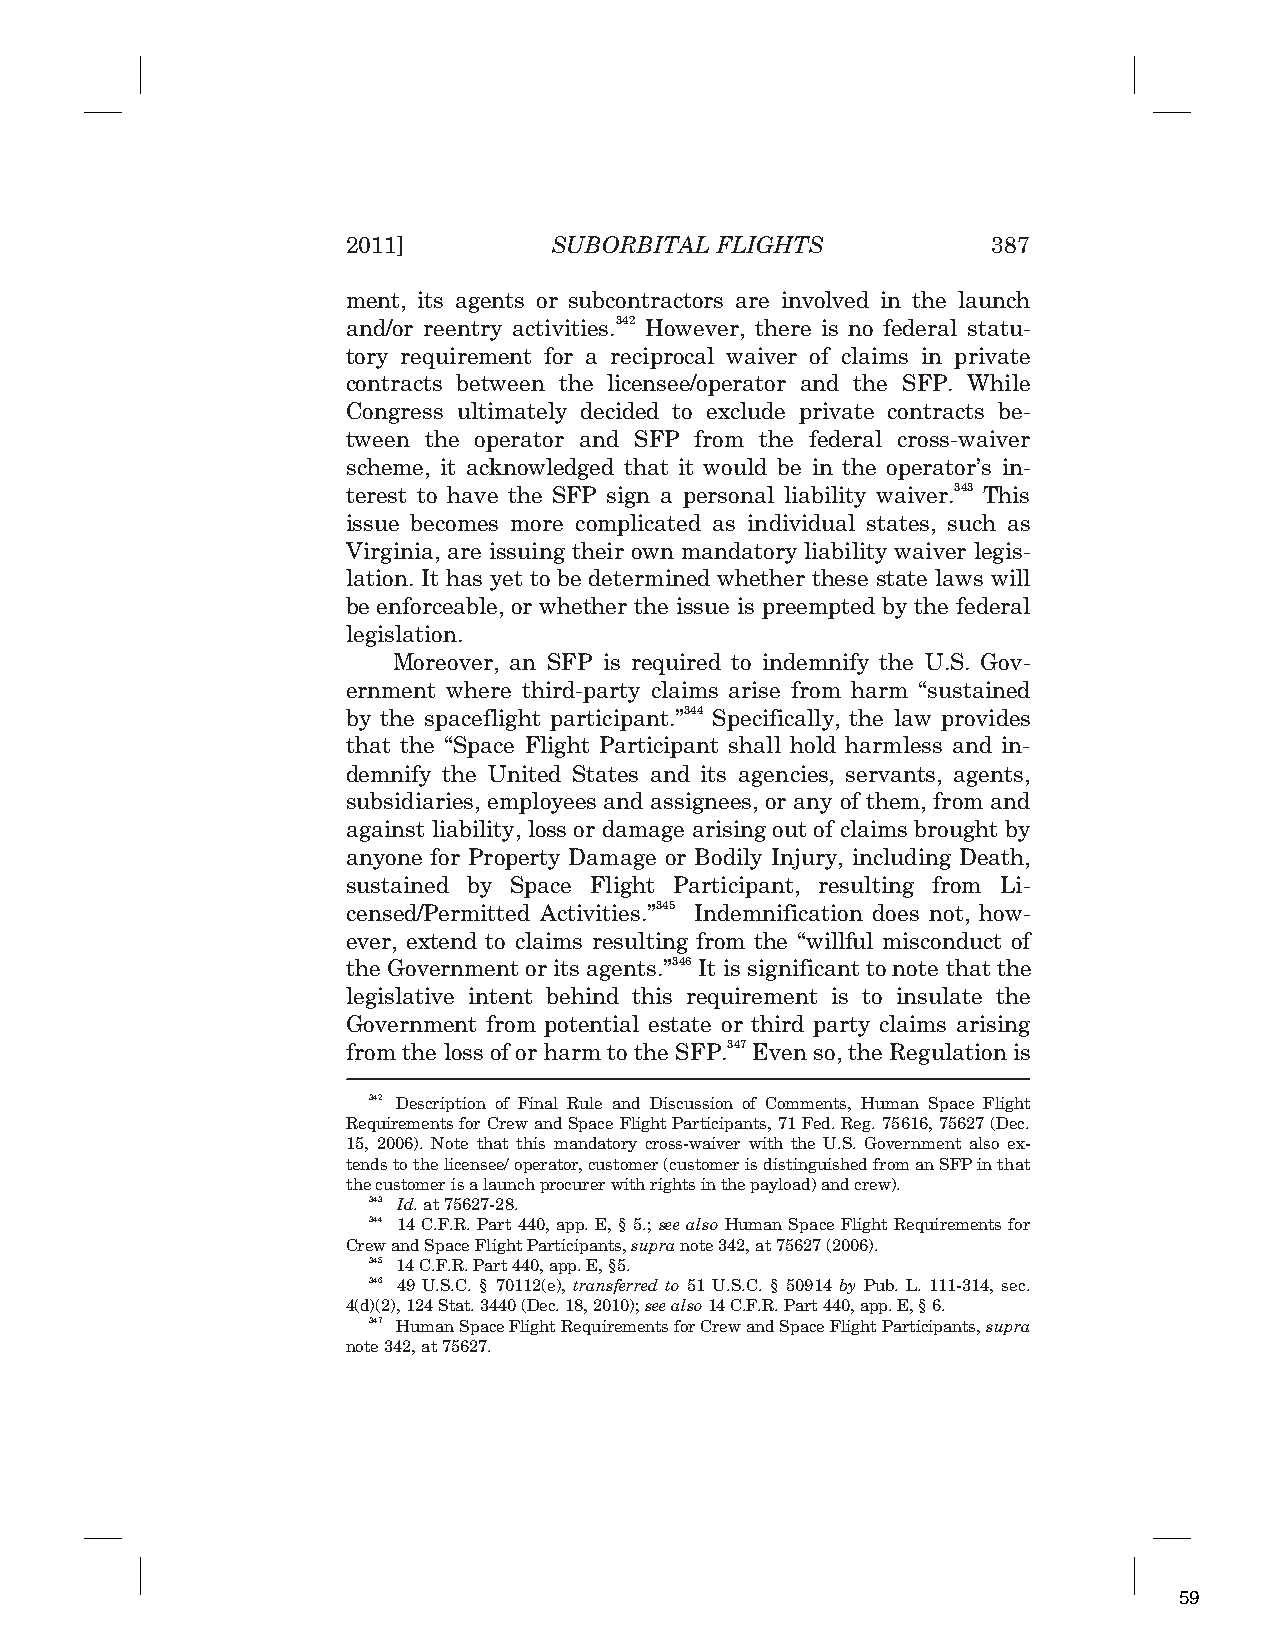
2011]         SUBORBITAL FLIGHTS           387
 ment, its agents or subcontractors are involved in the launch
 and/or reentry activities.342 However, there is no federal statu-
 tory requirement for a reciprocal waiver of claims in private
 contracts between the licensee/operator and the SFP. While
 Congress ultimately decided to exclude private contracts be-
 tween the operator and SFP from the federal cross-waiver
 scheme, it acknowledged that it would be in the operator’s in-
 terest to have the SFP sign a personal liability waiver.343 This
 issue becomes more complicated as individual states, such as
 Virginia, are issuing their own mandatory liability waiver legis-
 lation. It has yet to be determined whether these state laws will
 be enforceable, or whether the issue is preempted by the federal
 legislation.
 Moreover, an SFP is required to indemnify the U.S. Gov-
 ernment where third-party claims arise from harm “sustained
 by the spaceflight participant.”344 Specifically, the law provides
 that the “Space Flight Participant shall hold harmless and in-
 demnify the United States and its agencies, servants, agents,
 subsidiaries, employees and assignees, or any of them, from and
 against liability, loss or damage arising out of claims brought by
 anyone for Property Damage or Bodily Injury, including Death,
 sustained by Space Flight Participant, resulting from Li-
 censed/Permitted Activities.”345 Indemnification does not, how-
 ever, extend to claims resulting from the “willful misconduct of
 the Government or its agents.”346 It is significant to note that the
 legislative intent behind this requirement is to insulate the
 Government from potential estate or third party claims arising
 from the loss of or harm to the SFP.347 Even so, the Regulation is
 342 Description of Final Rule and Discussion of Comments, Human Space Flight
 Requirements for Crew and Space Flight Participants, 71 Fed. Reg. 75616, 75627 (Dec.
 15, 2006). Note that this mandatory cross-waiver with the U.S. Government also ex-
 tends to the licensee/ operator, customer (customer is distinguished from an SFP in that
 the customer is a launch procurer with rights in the payload) and crew).
 343 Id. at 75627-28.
 344 14 C.F.R. Part 440, app. E, § 5.; see also Human Space Flight Requirements for
 Crew and Space Flight Participants, supra note 342, at 75627 (2006).
 345 14 C.F.R. Part 440, app. E, §5.
 346 49 U.S.C. § 70112(e), transferred to 51 U.S.C. § 50914 by Pub. L. 111-314, sec.
 4(d)(2), 124 Stat. 3440 (Dec. 18, 2010); see also 14 C.F.R. Part 440, app. E, § 6.
 347 Human Space Flight Requirements for Crew and Space Flight Participants, supra
 note 342, at 75627.
 59